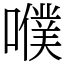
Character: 𡂈